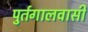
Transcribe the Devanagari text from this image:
पुर्तगालवासी